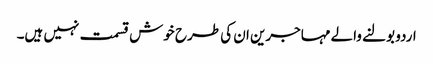
اردو بولنے والے مہاجرین ان کی طرح خوش قسمت نہیں ہیں۔